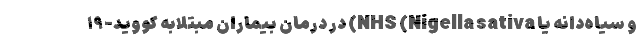
و سیاه‌دانه یا NHS (Nigella sativa) در درمان بیماران مبتلابه کووید-۱۹